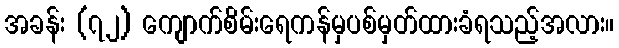
အခန်း (၇၂) ကျောက်စိမ်းရေကန်မှပစ်မှတ်ထားခံရသည့်အလား။